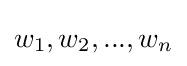
w_{1},w_{2},...,w_{n}